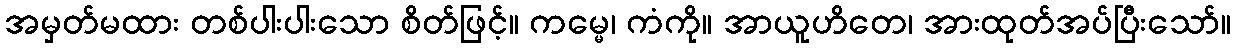
အမှတ်မထား တစ်ပါးပါးသော စိတ်ဖြင့်။ ကမ္မေ၊ ကံကို။ အာယူဟိတေ၊ အားထုတ်အပ်ပြီးသော်။